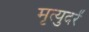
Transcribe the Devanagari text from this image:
मृत्युदरें